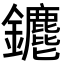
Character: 𨰅